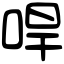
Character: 哻